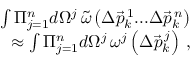
\begin{array} { r l r } & { } & { \int \Pi _ { j = 1 } ^ { n } d \Omega ^ { j } \, \tilde { \omega } \left( \Delta \vec { p } _ { k } ^ { \, 1 } . . . \Delta \vec { p } _ { k } ^ { \, n } \right) } \\ & { } & { \approx \int \Pi _ { j = 1 } ^ { n } d \Omega ^ { j } \, \omega ^ { j } \left( \Delta \vec { p } _ { k } ^ { \, j } \right) \, , } \end{array}